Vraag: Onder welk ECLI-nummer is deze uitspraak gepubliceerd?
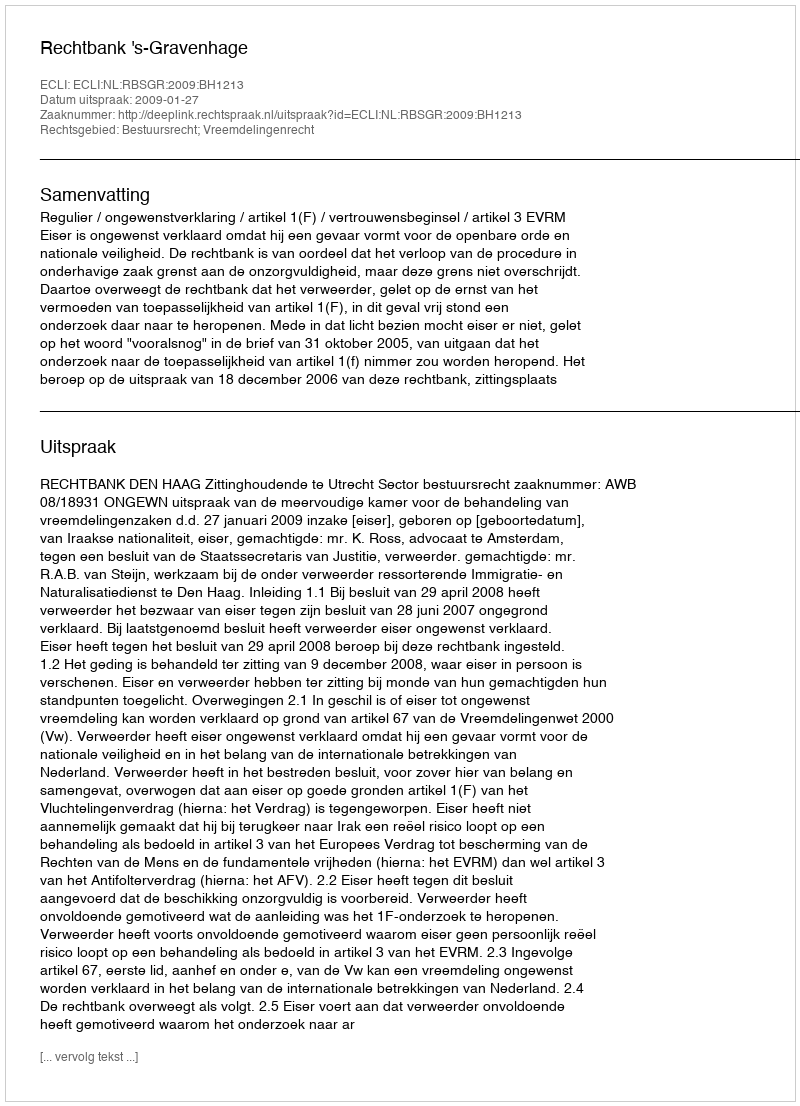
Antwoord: ECLI:NL:RBSGR:2009:BH1213